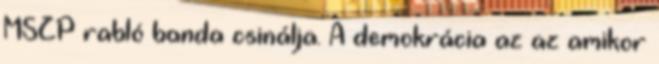
MSZP rabló banda csinálja. A demokrácia az az amikor